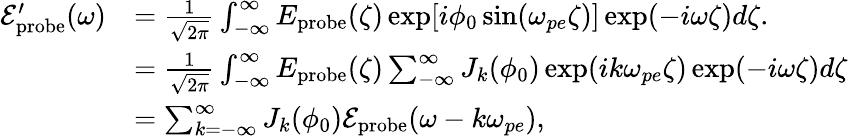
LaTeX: \begin{array}{rl}{\mathcal{E}_{\mathrm{probe}}^{\prime}(\omega)}&{=\frac{1}{\sqrt{2\pi}}\int_{-\infty}^{\infty}E_{\mathrm{probe}}(\zeta)\exp[i\phi_{0}\sin(\omega_{pe}\zeta)]\exp(-i\omega\zeta)d\zeta.}\\ &{=\frac{1}{\sqrt{2\pi}}\int_{-\infty}^{\infty}E_{\mathrm{probe}}(\zeta)\sum_{-\infty}^{\infty}J_{k}(\phi_{0})\exp(ik\omega_{pe}\zeta)\exp(-i\omega\zeta)d\zeta}\\ &{=\sum_{k=-\infty}^{\infty}J_{k}(\phi_{0})\mathcal{E}_{\mathrm{probe}}(\omega-k\omega_{pe}),}\end{array}